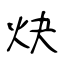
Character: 炔